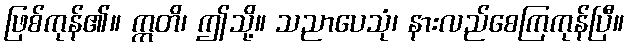
ဖြစ်ကုန်၏။ ဣတိ၊ ဤသို့။ သညာပေသုံ၊ နားလည်စေကြကုန်ပြီ။